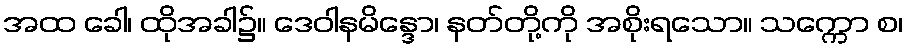
အထ ခေါ၊ ထိုအခါ၌။ ဒေဝါနမိန္ဒော၊ နတ်တို့ကို အစိုးရသော။ သက္ကော စ၊